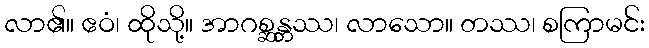
လာ၏။ ဧဝံ၊ ထိုသို့။ အာဂစ္ဆန္တဿ၊ လာသော။ တဿ၊ စကြာမင်း